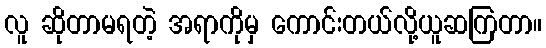
လူ ဆိုတာမရတဲ့ အရာကိုမှ ကောင်းတယ်လို့ယူဆကြတာ။